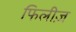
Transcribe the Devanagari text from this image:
फिलीज़